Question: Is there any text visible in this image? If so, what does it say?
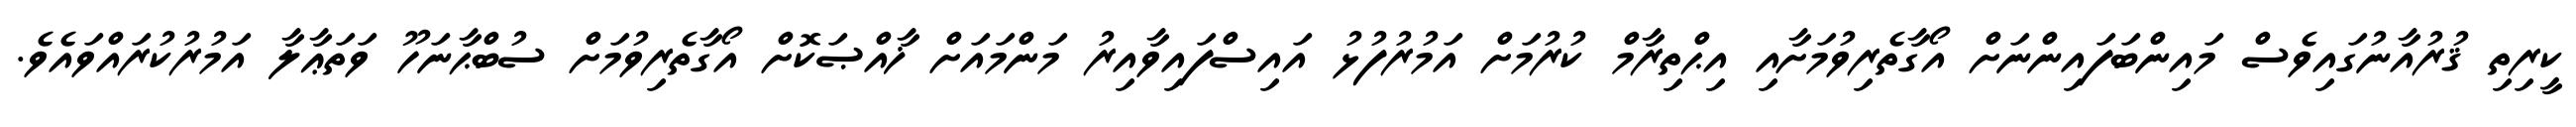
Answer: ކީރިތި ޤުރުއާނުގައިވެސް މައިންބަފައިންނަށް އޯގާތެރިވުމަށާއި އިޙްތިރާމް ކުރުމަށް އަމުރުފުޅު އައިސްފައިވާއިރު މަންމައަށް ޚާއްޞަކޮށް އޯގާތެރިވުމަށް ސުބްޙާނަހޫ ވަތަޢާލާ އަމުރުކުރައްވައެވެ.